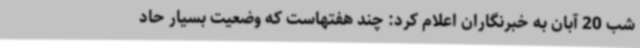
شب 20 آبان به خبرنگاران اعلام کرد: چند هفتهاست که وضعیت بسیار حاد